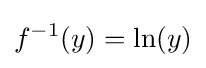
f^{-1}(y)=\ln(y)